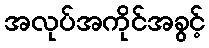
အလုပ်အကိုင်အခွင့်